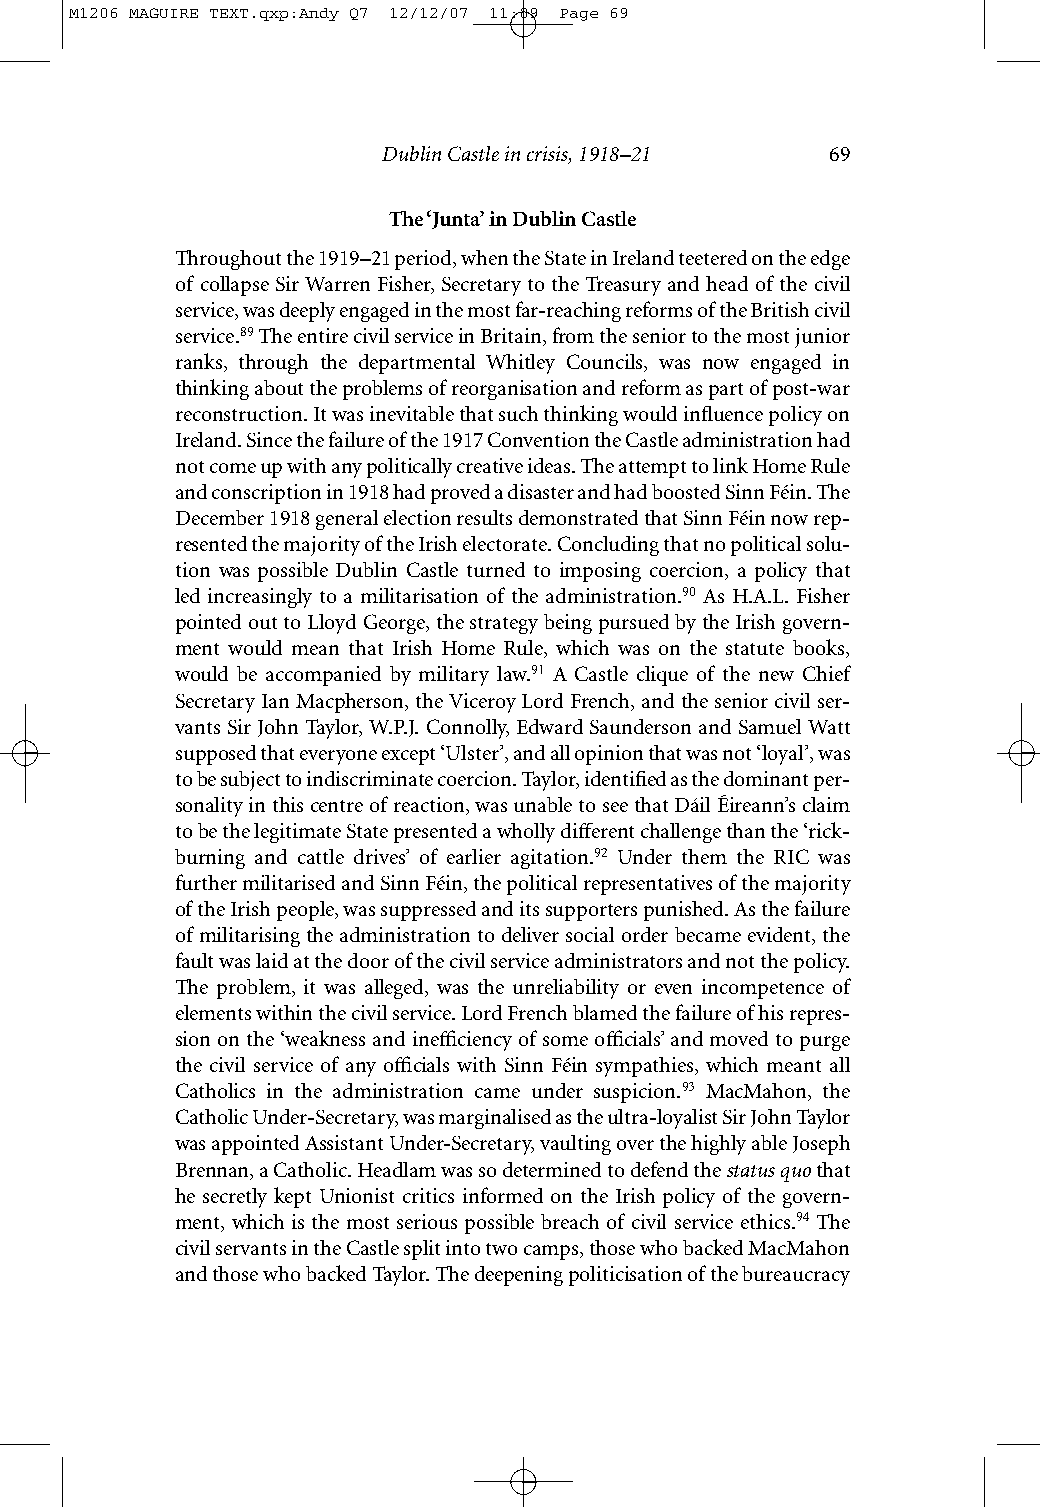
M1206 MAGUIRE TEXT.qxp:Andy Q7 12/12/07 11:09 Page 69
 Dublin Castle in crisis, 1918–21 69
 The ‘Junta’ in Dublin Castle
 Throughout the 1919–21 period, when the State in Ireland teetered on the edge
 of collapse Sir Warren Fisher, Secretary to the Treasury and head of the civil
 service, was deeply engaged in the most far-reaching reforms of the British civil
 service.89The entire civil service in Britain, from the senior to the most junior
 ranks, through the departmental Whitley Councils, was now engaged in
 thinking about the problems of reorganisation and reform as part of post-war
 reconstruction. It was inevitable that such thinking would influence policy on
 Ireland. Since the failure of the 1917 Convention the Castle administration had
 not come up with any politically creative ideas. The attempt to link Home Rule
 and conscription in 1918 had proved a disaster and had boosted Sinn Féin. The
 December 1918 general election results demonstrated that Sinn Féin now rep-
 resented the majority of the Irish electorate. Concluding that no political solu-
 tion was possible Dublin Castle turned to imposing coercion, a policy that
 led increasingly to a militarisation of the administration.90 As H.A.L. Fisher
 pointed out to Lloyd George, the strategy being pursued by the Irish govern-
 ment would mean that Irish Home Rule, which was on the statute books,
 would be accompanied by military law.91 A Castle clique of the new Chief
 Secretary Ian Macpherson, the Viceroy Lord French, and the senior civil ser-
 vants Sir John Taylor, W.P.J. Connolly, Edward Saunderson and Samuel Watt
 supposed that everyone except ‘Ulster’, and all opinion that was not ‘loyal’, was
 to be subject to indiscriminate coercion. Taylor, identified as the dominant per-
 sonality in this centre of reaction, was unable to see that Dáil Éireann’s claim
 to be the legitimate State presented a wholly different challenge than the ‘rick-
 burning and cattle drives’ of earlier agitation.92 Under them the RIC was
 further militarised and Sinn Féin, the political representatives of the majority
 of the Irish people, was suppressed and its supporters punished. As the failure
 of militarising the administration to deliver social order became evident, the
 fault was laid at the door of the civil service administrators and not the policy.
 The problem, it was alleged, was the unreliability or even incompetence of
 elements within the civil service. Lord French blamed the failure of his repres-
 sion on the ‘weakness and inefficiency of some officials’ and moved to purge
 the civil service of any officials with Sinn Féin sympathies, which meant all
 Catholics in the administration came under suspicion.93 MacMahon, the
 Catholic Under-Secretary, was marginalised as the ultra-loyalist Sir John Taylor
 was appointed Assistant Under-Secretary, vaulting over the highly able Joseph
 Brennan, a Catholic. Headlam was so determined to defend the status quothat
 he secretly kept Unionist critics informed on the Irish policy of the govern-
 ment, which is the most serious possible breach of civil service ethics.94 The
 civil servants in the Castle split into two camps, those who backed MacMahon
 and those who backed Taylor. The deepening politicisation of the bureaucracy